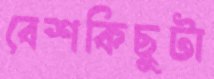
বেশকিছুটা